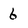
Character: 6